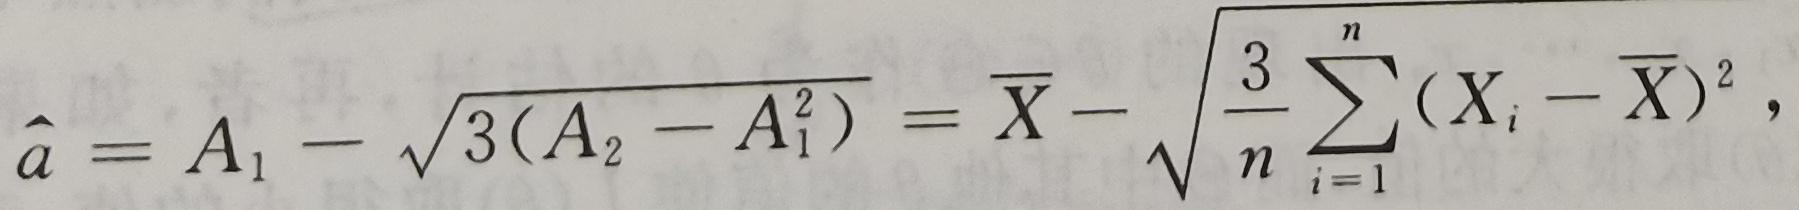
$\hat{a}=A_{1}-\sqrt{3(A_{2}-A_{1}^{2})}=\overline{X}-\sqrt{\frac{3}{n}\sum_{i = 1}^{n}(X_{i}-\overline{X})^{2}},$